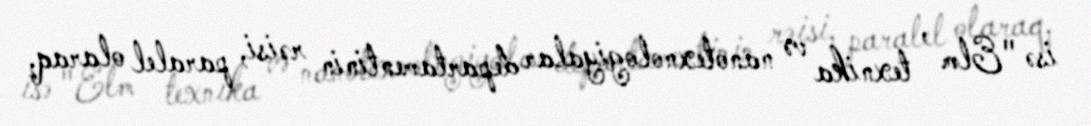
isə "Elm , texnika və nanotexnologiyalar departamentinin rəisi, paralel olaraq,